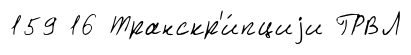
159 16 Транскр'и́пциjи ГРВЛ